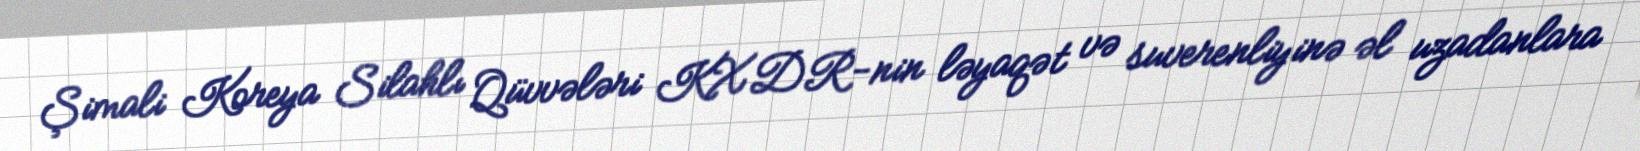
Şimali Koreya Silahlı Qüvvələri KXDR-nin ləyaqət və suverenliyinə əl uzadanlara